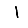
Digit: 1